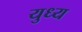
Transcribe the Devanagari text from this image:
युध्य